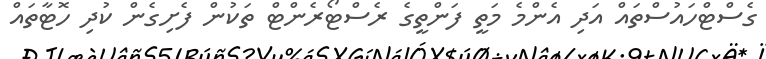
ގެސްޓްހައުސްތައް އަދި އެންމެ މަތީ ފަންތީގެ ރެސްޓޯރެންޓް ތަކުން ފެށިގެން ކުދި ހޮޓާތައް